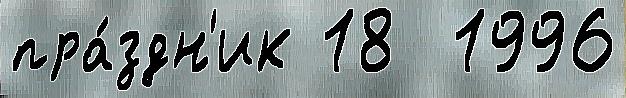
пра́здн'ик 18  1996